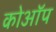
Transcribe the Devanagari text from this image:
कोऑप